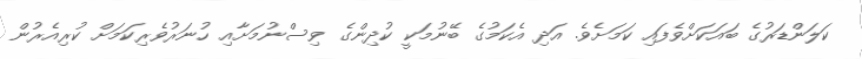
ކަލަންޑަރުގެ ބައަކަށްވެފައި ކަމަށެވެ. އަދި އެކަމުގެ ބޭނުމަކީ ކުދިންގެ ވިސްނުމަށާއި ހުނަރުވެރިކަމަށް ކުރިއެރުން